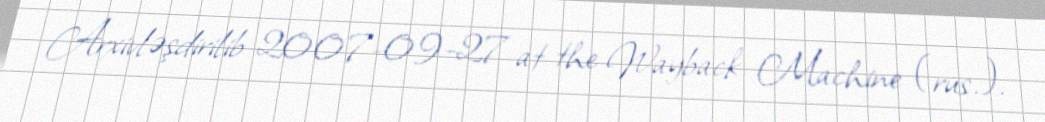
Arxivləşdirilib 2007-09-27 at the Wayback Machine (rus.).